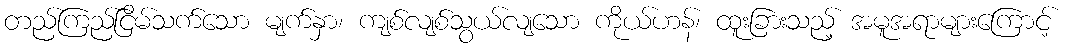
တည်ကြည်ငြိမ်သက်သော မျက်နှာ၊ ကျစ်လျစ်သွယ်လျသော ကိုယ်ဟန်၊ ထူးခြားသည့် အမူအရာများကြောင့်